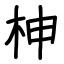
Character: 柛